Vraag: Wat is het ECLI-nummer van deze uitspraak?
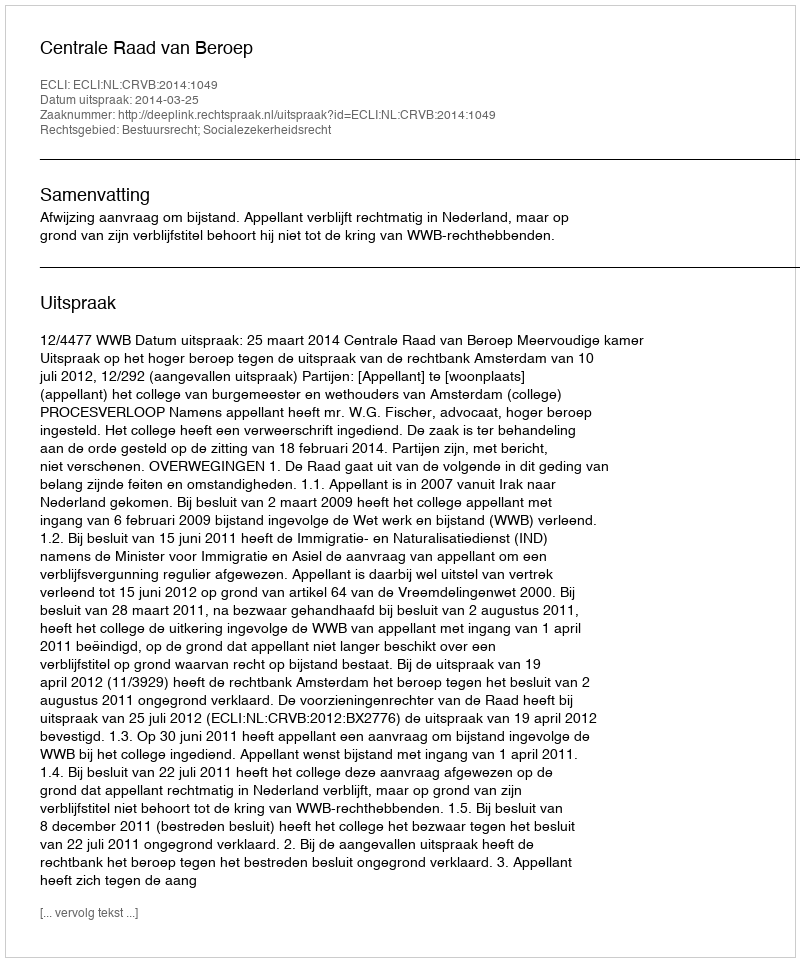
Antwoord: ECLI:NL:CRVB:2014:1049